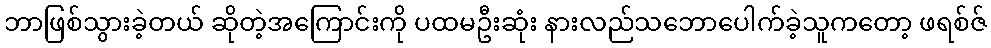
ဘာဖြစ်သွားခဲ့တယ် ဆိုတဲ့အကြောင်းကို ပထမဦးဆုံး နားလည်သဘောပေါက်ခဲ့သူကတော့ ဖရစ်ဇ်